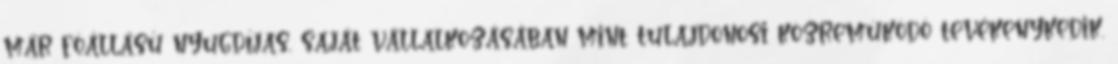
már fôállású nyugdíjas, saját vállalkozásában mint tulajdonosi közremûködô tevékenykedik.